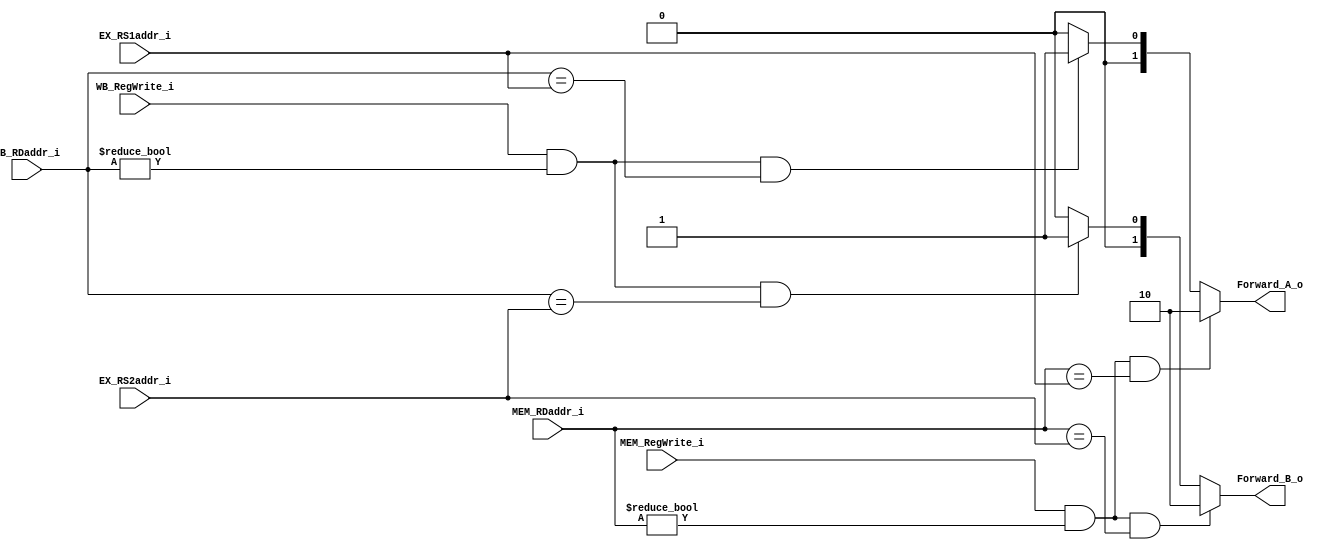
module Forwarding(
    MEM_RegWrite_i, 
    MEM_RDaddr_i, 
    WB_RegWrite_i, 
    WB_RDaddr_i,
    EX_RS1addr_i, 
    EX_RS2addr_i, 
    Forward_A_o, 
    Forward_B_o  
);

input MEM_RegWrite_i; 
input [4:0] MEM_RDaddr_i; 
input WB_RegWrite_i; 
input [4:0] WB_RDaddr_i;
input [4:0] EX_RS1addr_i; 
input [4:0] EX_RS2addr_i;

output [1:0] Forward_A_o;
output [1:0] Forward_B_o;

assign Forward_A_o = (MEM_RegWrite_i && (MEM_RDaddr_i != 4'b0) && (MEM_RDaddr_i == EX_RS1addr_i)) ? 2'b10 : 
                     (WB_RegWrite_i && (WB_RDaddr_i != 4'b0) && (WB_RDaddr_i == EX_RS1addr_i)) ? 2'b01 : 2'b00;
assign Forward_B_o = (MEM_RegWrite_i && (MEM_RDaddr_i != 4'b0) && (MEM_RDaddr_i == EX_RS2addr_i)) ? 2'b10 : 
                     (WB_RegWrite_i && (WB_RDaddr_i != 4'b0) && (WB_RDaddr_i == EX_RS2addr_i)) ? 2'b01 : 2'b00;

endmodule